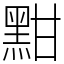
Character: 黚